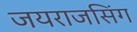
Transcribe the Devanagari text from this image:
जयराजसिंग